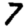
Digit: 7